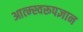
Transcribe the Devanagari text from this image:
आत्म्स्वरूपज्ञान